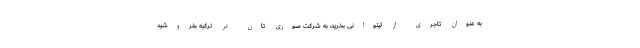
به عنوان تاجری از لیتوانی بخرید، به شرکت صوری تان در ترکیه بفروشید